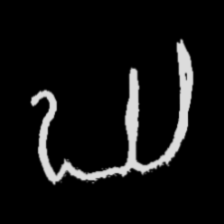
Pyu character \u2014 Myanmar letter: ဃ (romanized: gha)